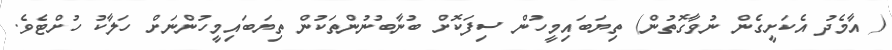
( އާމެދު އެކަށީގެން ނުވާގޮތުން) ތިޔަބައިމީހުން ސިފަކޮށް ބުނާބުނުންތަކުން ތިޔަބައިމީހުންނަށް ހަލާކު ހުށްޓެވެ.